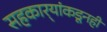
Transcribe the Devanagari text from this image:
सहकार्‍यांकडूनही